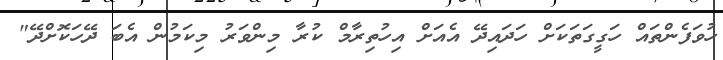
ހުވަފެންތައް ހަގީގަތަކަށް ހަދައިދޭ އެއަށް އިހުތިރާމް ކުރާ މިންވަރު މިކަމުން އެބަ ދޭހަކޮށްދޭ"